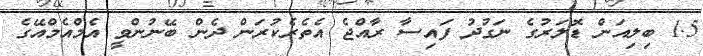
1.5 ބިލިއަން ޑޮލަރުގެ ނަގުދު ފައިސާ ރާއްޖެ އެތެރެކުރަން ދެން ބޭނުންވީ އެމްއެމްއޭގެ